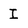
Character: I